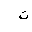
Letter: _ta